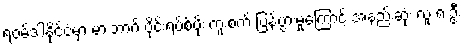
ရဝမ်ဒါနိုင်ငံမှာ မားဘာ့ဂ် ဗိုင်းရပ်စ်ပိုး ကူးစက် ပြန့်ပွားမှုကြောင့် အနည်းဆုံး လူ ၈ ဦး